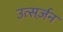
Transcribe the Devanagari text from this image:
उत्सर्ज़न